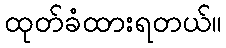
ထုတ်ခံထားရတယ်။